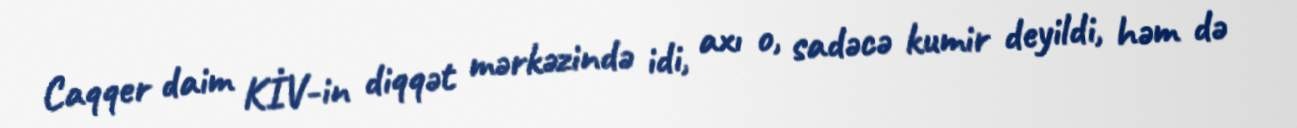
Caqqer daim KİV-in diqqət mərkəzində idi, axı o, sadəcə kumir deyildi, həm də